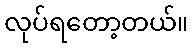
လုပ်ရတော့တယ်။